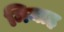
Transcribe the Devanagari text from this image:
मियाह